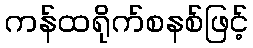
ကန်ထရိုက်စနစ်ဖြင့်